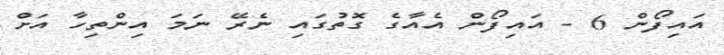
އައިފޯން 6 - އައިފޯން އެއާގެ ގޮތުގައި ނެރޭ ނަމަ އިންތިހާ އަށް